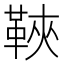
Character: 䩡